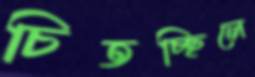
চিতচ্ছিলে